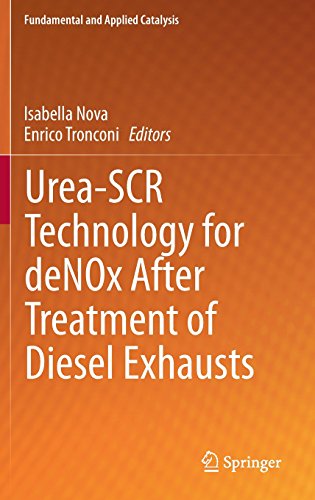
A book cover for Urea-SCR Technology for deNOx After Treatment of Diesel Exhausts (Fundamental and Applied Catalysis); Science & Math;